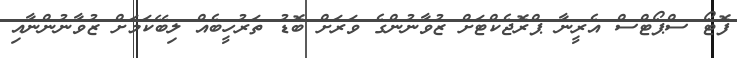
ފޮޓޯ ސްޕޯޓްސް އެރީނާ ޕްރޮޖެކްޓަށް ޒުވާނުންގެ ވަރަށް ބޮޑު ތަރުހީބެއް ލިބޭކަމަށް ޒުވާނުންނާއި